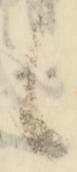
候